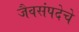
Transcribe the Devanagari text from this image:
जैवसंपदेचे